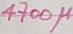
Text: 4700µ